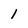
Character: l